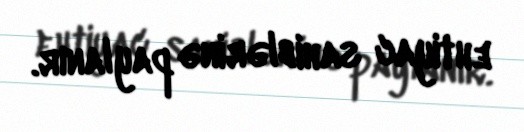
ehtiyac sahiblərinə paylanır.